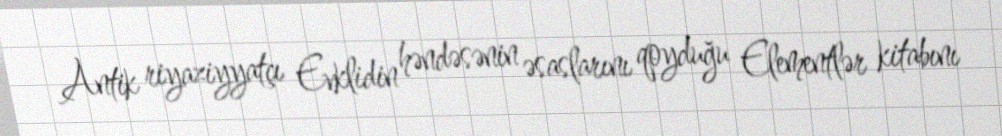
Antik riyaziyyatçı Evklidin həndəsənin əsaslarını qoyduğu Elementlər kitabını